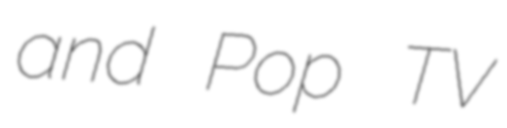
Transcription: and Pop TV